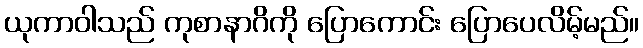
ယုကာဝါသည် ကုစာနာဂိကို ပြောကောင်း ပြောပေလိမ့်မည်။